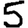
Digit: 5